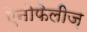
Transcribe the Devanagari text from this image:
ऐनोफेलीज़